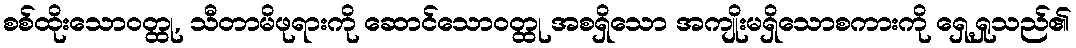
စစ်ထိုးသောဝတ္ထု, သီတာမိဖုရားကို ဆောင်သောဝတ္ထု အစရှိသော အကျိုးမရှိသောစကားကို ရှေ့ရှုသည်၏